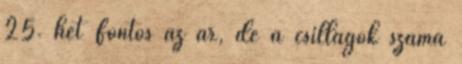
25. hét Fontos az ár, de a csillagok száma